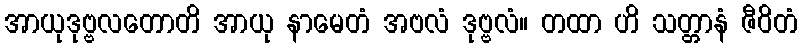
အာယုဒုဗ္ဗလတောတိ အာယု နာမေတံ အဗလံ ဒုဗ္ဗလံ။ တထာ ဟိ သတ္တာနံ ဇီဝိတံ